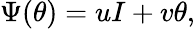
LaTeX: \Psi(\theta)=uI+v\theta,